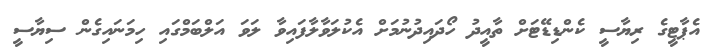
އެޕާޓީގެ ރިޔާސީ ކެންޑިޑޭޓަށް ތާއީދު ހޯދައިދުނުމަށް އެކުލަވާލާފައިވާ ލަވަ އަލްބަމްގައި ހިމަނައިގެން ސިޔާސީ